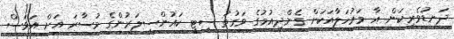
ދަނޑުވެރިކަން އާ މަރުހަލާއަކަށް ގެންދިއުމުގެ ވަގުތު ސިޓީ ކައުންސިލަރުންގެ މުސާރަ އަށް އަވަސް